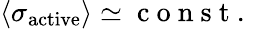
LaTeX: \langle\sigma_{\mathrm{active}}\rangle\simeq\mathrm{~c~o~n~s~t~.~}